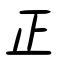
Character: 正